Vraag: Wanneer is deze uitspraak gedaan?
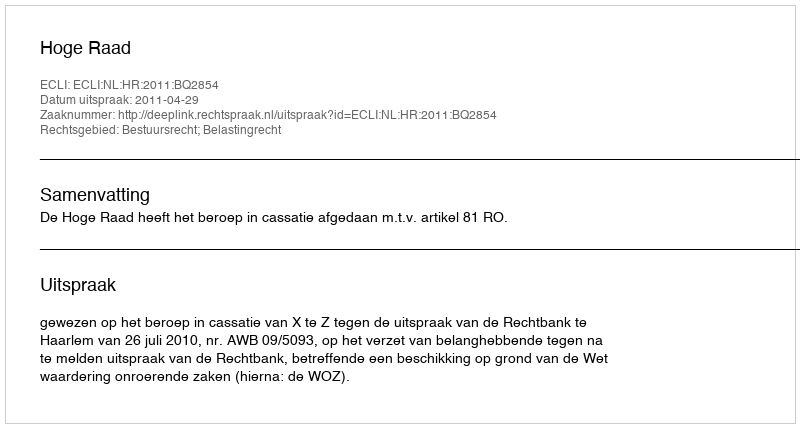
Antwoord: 2011-04-29